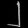
Digit: ၂